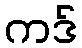
ကဒ်